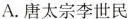
A.唐太宗李世民